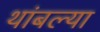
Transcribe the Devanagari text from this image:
थांबल्या